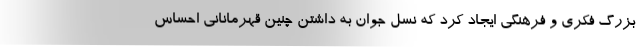
بزرگ فکری و فرهنگی ایجاد کرد که نسل جوان به داشتن چنین قهرمانانی احساس